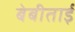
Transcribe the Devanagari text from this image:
बेबीताई